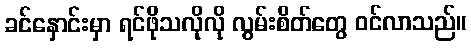
ခင်နှောင်းမှာ ရင်ဖိုသလိုလို လွမ်းစိတ်တွေ ဝင်လာသည်။